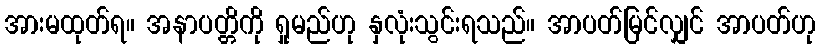
အားမထုတ်ရ။ အနာပတ္တိကို ရှုမည်ဟု နှလုံးသွင်းရသည်။ အာပတ်မြင်လျှင် အာပတ်ဟု